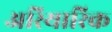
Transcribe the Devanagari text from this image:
अरियारिक